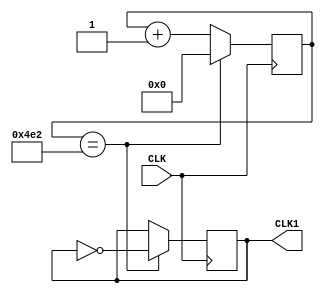
module FDIV(CLK, CLK1);//2500 frequency division
	input CLK;
	output reg CLK1;
	reg [10:0] count;
	always @ (posedge CLK)
	begin
		count <= count + 11'b1;
		if (count == 1250)
		begin
			CLK1 <= ~CLK1;
			count <= 0;
		end
	end
endmodule